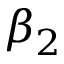
\beta _ { 2 }